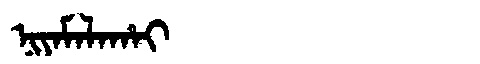
Manchu: ᠨᡳᠶᠠᠮᠠᠯᠠᡥᠠᡳ
Romanization: NIYAMALAHAI